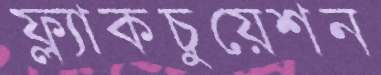
ফ্ল্যাকচুয়েশন